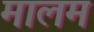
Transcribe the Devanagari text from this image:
मालम